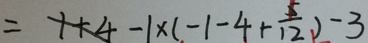
= 1 + 4 - 1 \times ( - 1 - 4 + \frac { 5 } { 1 2 } ) - 3